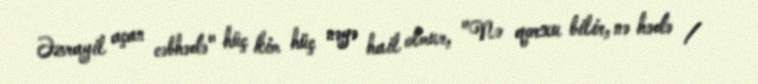
Əzrayil açan cəbhədə" hüç kim hüç nəyə hail olmur, "Nə qorxu bilir, nə hədə /